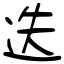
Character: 迭